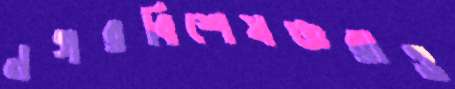
নগরবিশেষজ্ঞরাও